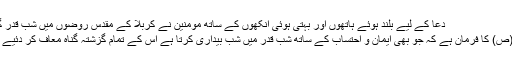
دعا کے لیے بلند ہوئے ہاتھوں اور بہتی ہوئی آنکھوں کے ساتھ مومنین نے کربلا کے مقدس روضوں میں شب قدر گزاری.....
رسول خدا(ص) کا فرمان ہے کہ جو بھی ایمان و احتساب کے ساتھ شب قدر میں شب بیداری کرتا ہے اس کے تمام گزشتہ گناہ معاف کر دئیے جاتے ہیں۔